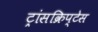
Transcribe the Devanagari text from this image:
ट्रांसक्रिप्टेस